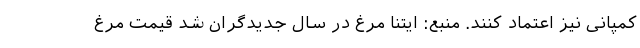
کمپانی نیز اعتماد کنند. منبع: ایتنا مرغ در سال جدیدگران شد قیمت مرغ